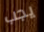
يجب